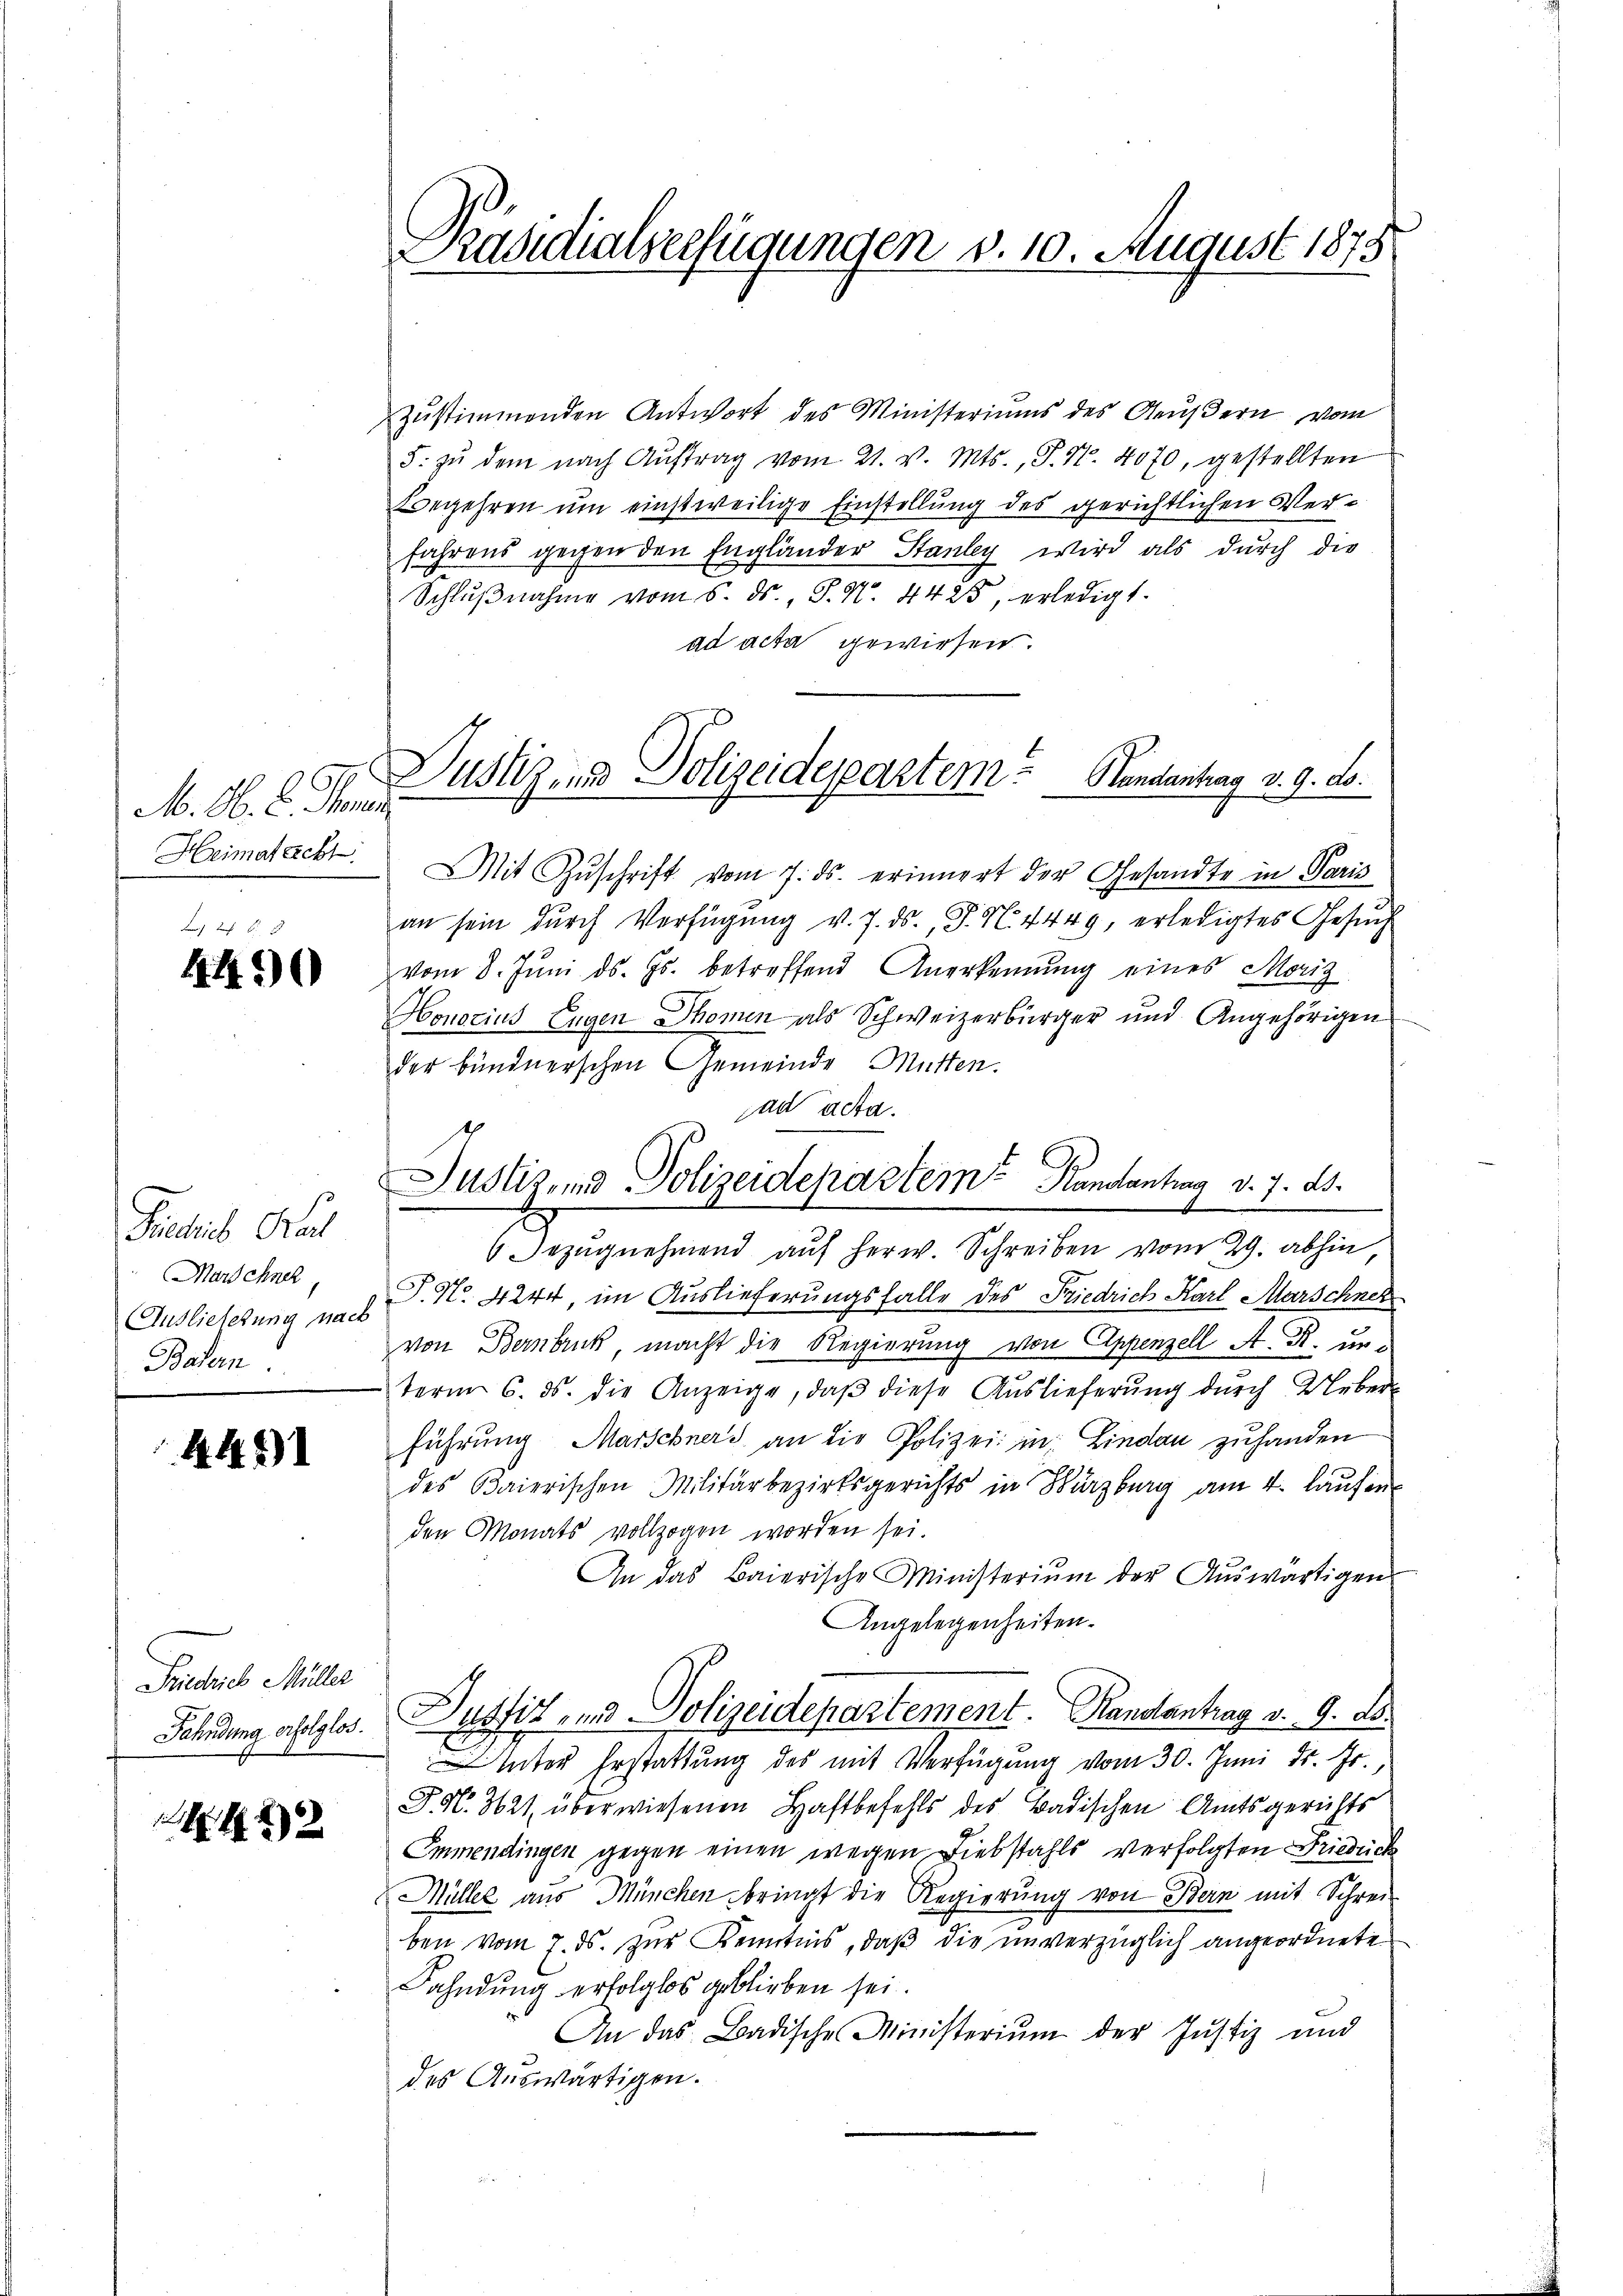
M. M. C. Hand
Heimatreckt.

4490

Schrieb Kal
Marschnet,
Auslieferung nach
Badern.

4421

Friedrich Müller

. S. 22

Präsidialverfügungen v. 10. August 1875

zustimmenden Antwort des Ministeriums des Aeußern vom
5. zŭ dem nach Auftrag vom 21. v. Mts., P. Nr. 4070, gestellten
Begehren um einstweilige Einstellung des gerichtlichen Verfahrens gegen den Engländer Stanley wird als durch die
Schlŭβnahme vom 5. ds., S. N. 4425, erledigt.
ad acta gewiesen.
Mit Zŭschrift vom 7. ds. erinnert der Gesandte in Paris
an sein dŭrch Verfügŭng v. 7. ds., F. N. 4449, erledigtes Gesŭch
vom 8. Juni d. Js. betreffend Anerkennung eines Moriz
Honorius Engen Thomen als Schweizerbürger und Angehörigen
der bündnerschen Gemeinde Mütten.
6 Bezŭgnehmend aŭf herw. Schreiben vom 29. abhin,
T. No 4244, im Auslieferungsfalle des Friedrich Karl Marschnet
von Bernbruck, macht die Regierung von Appenzell A. R. un-
term 6. ds. die Anzeige, daβ diese Auslieferung durch Ueber
führung Marschners an die Polizei in Lindau zuhanden
des Baierischen Militärbezirksgerichts in Würzburg am 4. laŭfin
den Monats vollzogen worden sei.
An das Baierische Ministerium der Auswärtigen
Angelegenheiten.
Fahndung erfolglos. Dustiz und Polizeidepartement. Handantrag v. 9. De¬
Inter Erstattung des mit Verfügung vom 30. Juni d. Js.,
J. N. 321 überwiesenen Haftbefehls des Badischen Amtsgerichts
Emmendingen gegen einen wegen Liebstahls verfolgten Friedeck
Müller aus München bringt die Regierung von Bern mit Schrei
ben vom 7. ds. zŭr Kenntnis, daß die unverzüglich angeordnete
Fahndung erfolglos geblieben sei.
An das Badische Ministerium der Justiz und
des Auswärtigen.

Justigen Polizeidepartem Handentrag v. 9. d.

ad acta.
Justiz- und Polizeidepartem Randantrag d. 7. ds.
e